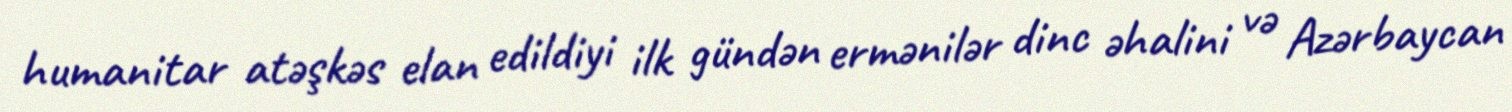
humanitar atəşkəs elan edildiyi ilk gündən ermənilər dinc əhalini və Azərbaycan